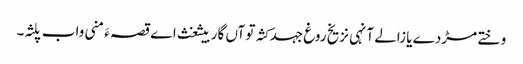
وختے مڑدے یا زالے آنہی نزیخ روغ جہد کثہ تو آں گار بیثغث اے قصہ ءَ منی واب پلثہ۔